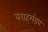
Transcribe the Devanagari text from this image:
वराहमंडप